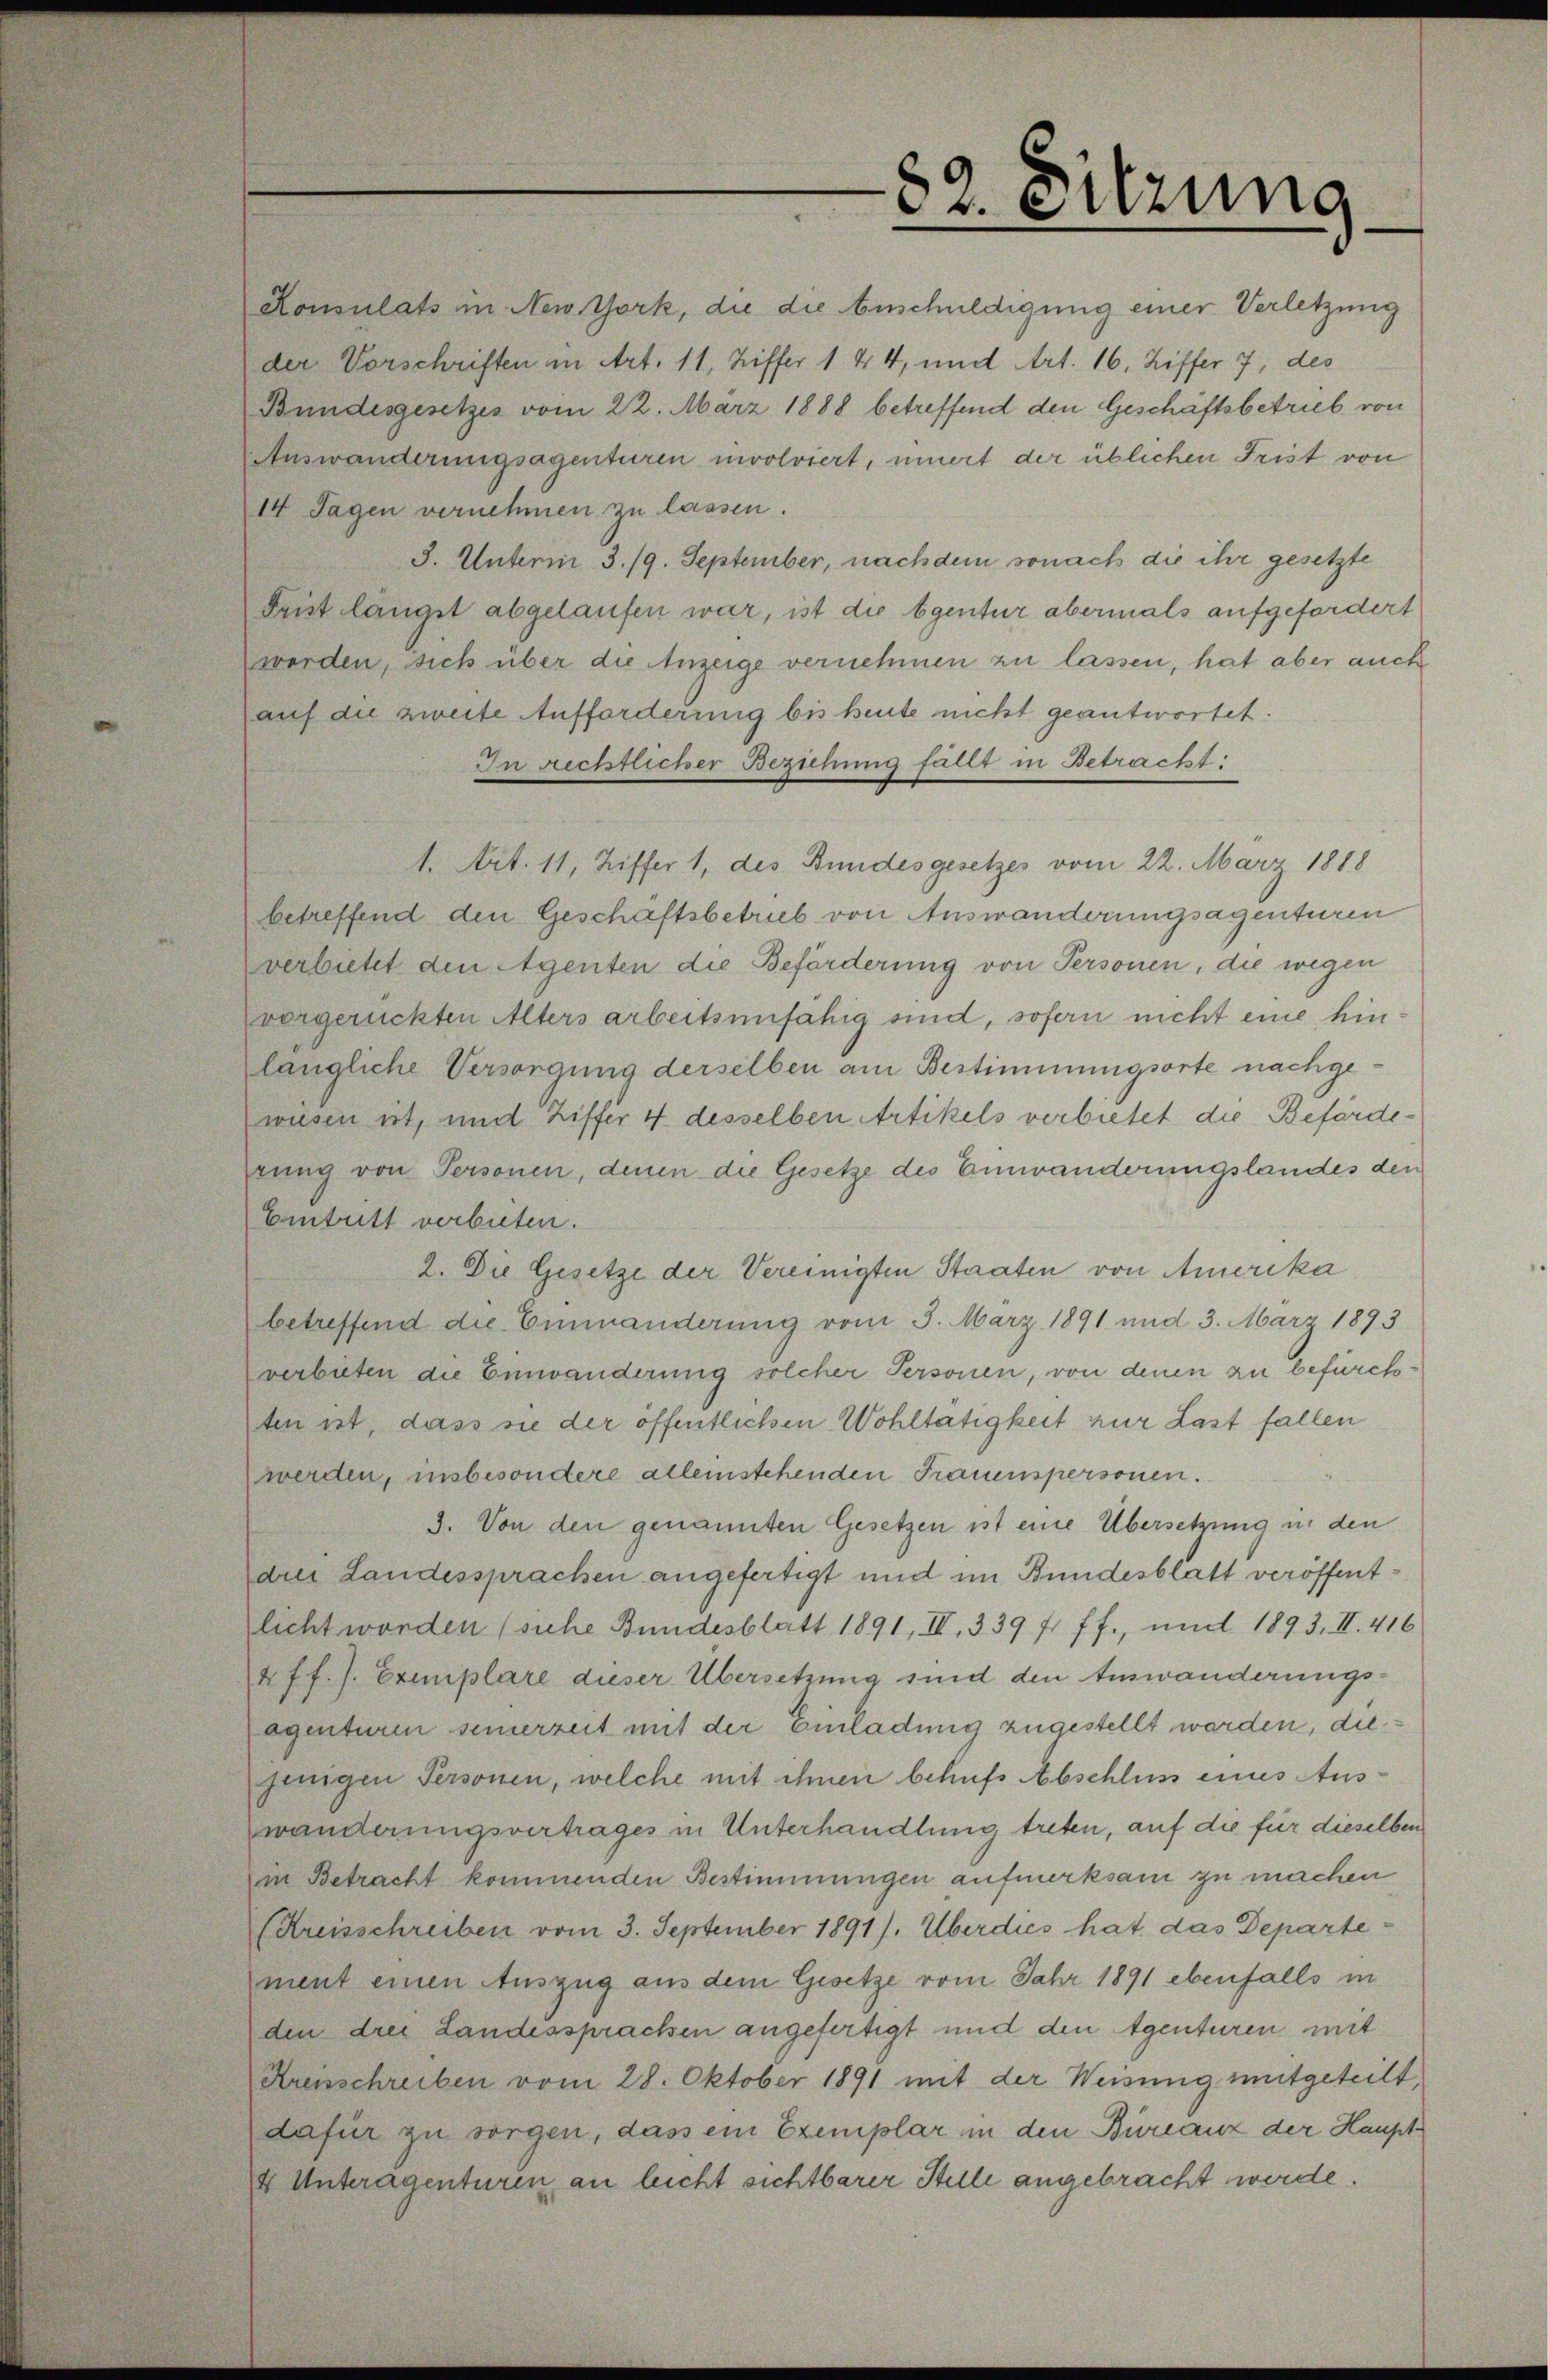
82. Sitzung
Konsulats in New York, die die Anschuldigung einer Verletzung
der Vorschriften in Art. 11, Ziffer 1 & 4, und Art. 16, Ziffer 7, des
Bundesgesetzes vom 22. März 1888 betreffend den Geschäftsbetrieb von
Auswanderungsagenturen involviert, innert der üblichen Frist von
14 Tagen vernehmen zu lassen.
3. Unterm 3./9. September, nachdem sonach die ihr gesetzte
Frist längst abgelaufen war, ist die Agentur abermals aufgefordert
worden, sich über die Anzeige vernehmen zu lassen, hat aber auch
auf die zweite Aufforderung bis heute nicht geantwortet.
In rechtlicher Beziehung fällt in Betracht:
1. Art. 11, Ziffer 1, des Bundesgesetzes vom 22. März 1888
betreffend den Geschäftsbetrieb von Auswanderungsagenturen
verbietet den Agenten die Beförderung von Personen, die wegen
vorgerückten Alters arbeitsunfähig sind, sofern nicht eine hin¬
längliche Versorgung derselben am Bestimmungsorte nachge¬
wiesen ist, und Ziffer 4 desselben Artikels verbietet die Beförde¬
rung von Personen, denen die Gesetze des Einwanderungslandes den
Eintritt verbieten.
2. Die Gesetze der Vereinigten Staaten von Amerika
betreffend die Einwanderung vom 3. März 1891 und 3. März 1893
verbieten die Einwanderung solcher Personen, von denen zu befürch¬
ten ist, dass sie der öffentlichen Wohltätigkeit zur Last fallen
werden, insbesondere alleinstehenden Frauenspersonen.
3. Von den genannten Gesetzen ist eine Übersetzung in den
drei Landessprachen angefertigt und im Bundesblatt veröffent¬
licht worden (siehe Bundesblatt 1891, IV, 339 & ff., und 1893, II. 416
& ff.). Exemplare dieser Übersetzung sind den Auswanderungs¬
agenturen seinerzeit mit der Einladung zugestellt worden, die¬
jenigen Personen, welche mit ihnen behufs Abschluss eines Aus¬
wanderungsvertrages in Unterhandlung treten, auf die für dieselben
in Betracht kommenden Bestimmungen aufmerksam zu machen
(Kreisschreiben vom 3. September 1891). Überdies hat das Departe¬
ment einen Auszug aus dem Gesetze vom Jahr 1891 ebenfalls in
den drei Landessprachen angefertigt und den Agenturen mit
Kreisschreiben vom 28. Oktober 1891 mit der Weisung mitgeteilt,
dafür zu sorgen, dass ein Exemplar in den Büreaux der Haupt-
& Unteragenturen an leicht sichtbarer Stelle angebracht werde.